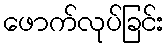
ဖောက်လုပ်ခြင်း